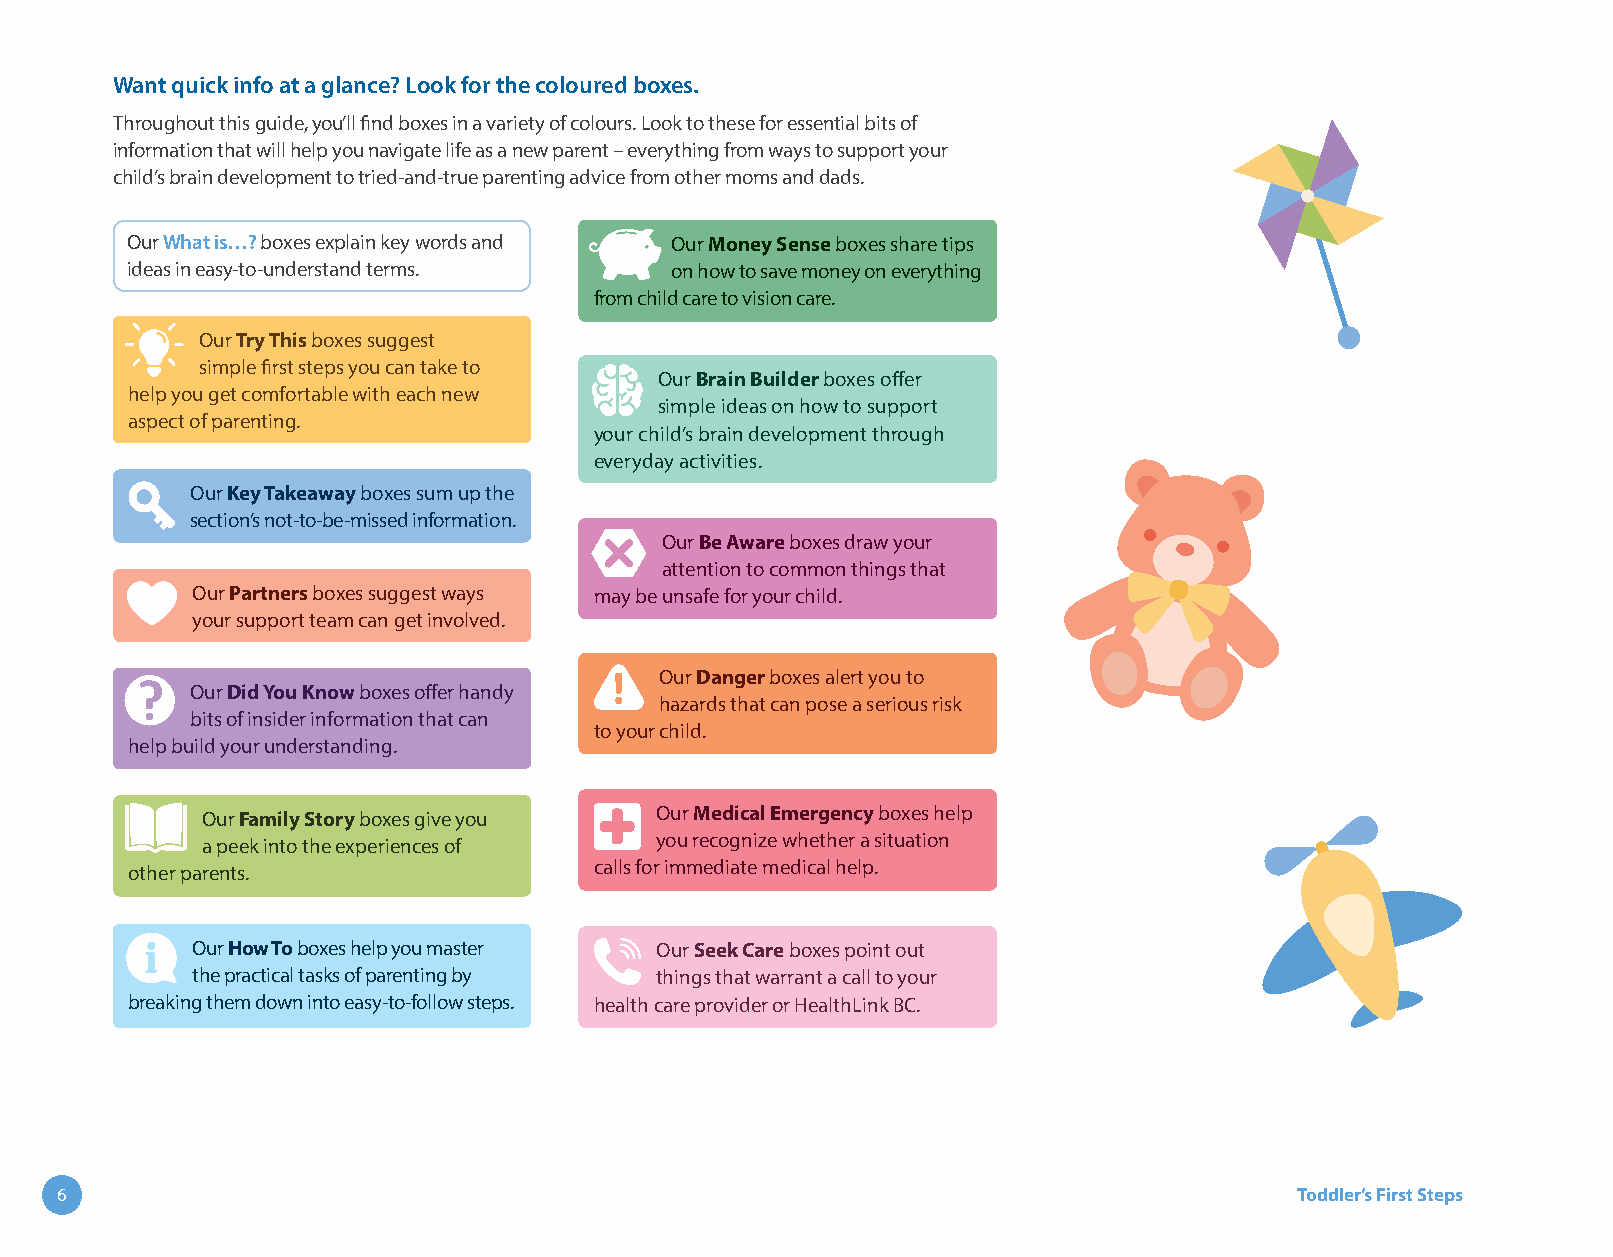
Want quick info at a glance? Look for the coloured boxes.
 Throughout this guide, you’ll find boxes in a variety of colours. Look to these for essential bits of
 information that will help you navigate life as a new parent – everything from ways to support your
 child’s brain development to tried-and-true parenting advice from other moms and dads.
 Our What is…? boxes explain key words and Our Money Sense boxes share tips
 ideas in easy-to-understand terms.  on how to save money on everything
 from child care to vision care.
 Our Try This boxes suggest
 simple first steps you can take to
 Our Brain Builder boxes offer
 help you get comfortable with each new
 simple ideas on how to support
 aspect of parenting.
 your child’s brain development through
 everyday activities.
 Our Key Takeaway boxes sum up the
 section’s not-to-be-missed information.
 Our Be Aware boxes draw your
 attention to common things that
 Our Partners boxes suggest ways may be unsafe for your child.
 your support team can get involved.
 Our Danger boxes alert you to
 Our Did You Know boxes offer handy
 hazards that can pose a serious risk
 bits of insider information that can
 to your child.
 help build your understanding.
 Our Family Story boxes give you Our Medical Emergency boxes help
 a peek into the experiences of you recognize whether a situation
 other parents.                calls for immediate medical help.
 Our How To boxes help you master Our Seek Care boxes point out
 the practical tasks of parenting by things that warrant a call to your
 breaking them down into easy-to-follow steps. health care provider or HealthLink BC.
 6                                                                                 Toddler’s First Steps